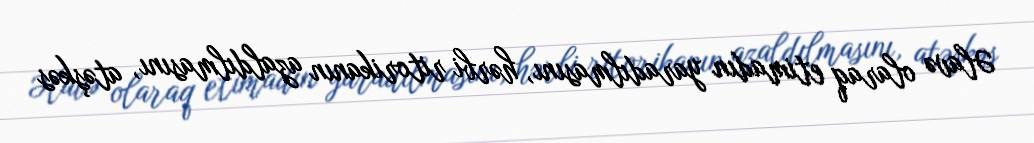
Əlavə olaraq etimadın yaradılmasını, hərbi ritorikanın azaldılmasını, atəşkəs